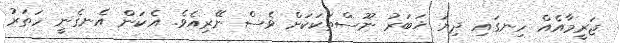
ޖަރީމާއެއް ހިނގައި ދިޔަ ޚަބަރު ނޫސްތަކަކަށް ވެސް ނޭރިއެވެ. އެކަން އެނގެނީ ހަތަރު